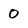
Character: 0